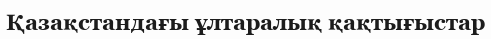
Қазақстандағы ұлтаралық қақтығыстар